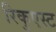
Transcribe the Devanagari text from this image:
रिकुएस्ट